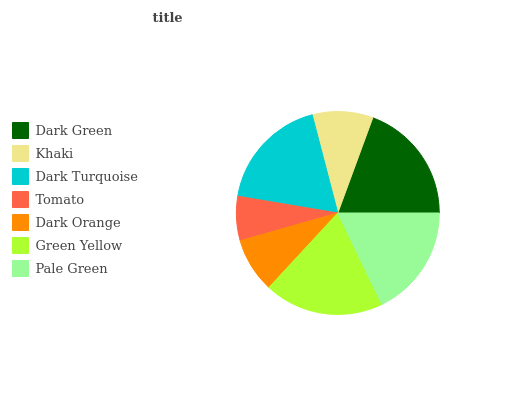
| Dark Green | Khaki | Dark Turquoise | Tomato | Dark Orange | Green Yellow | Pale Green |
 | --- | --- | --- | --- | --- | --- | --- |
 | 19.4% | 9.65% | 18.3% | 7.05% | 8.7% | 19.1% | 17.8% |